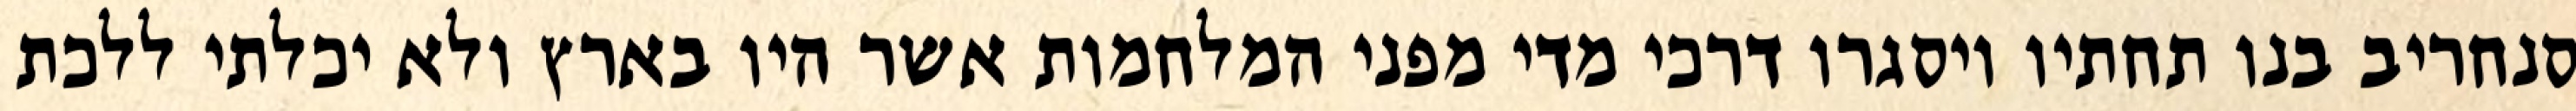
סנחריב בנו תחתיו ויסגרו דרכי מדי מפני המלחמות אשר היו בארץ ולא יכלתי ללכת